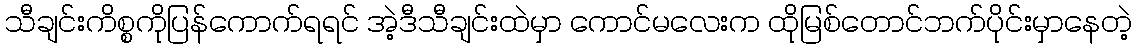
သီချင်းကိစ္စကိုပြန်ကောက်ရရင် အဲ့ဒီသီချင်းထဲမှာ ကောင်မလေးက ထိုမြစ်တောင်ဘက်ပိုင်းမှာနေတဲ့